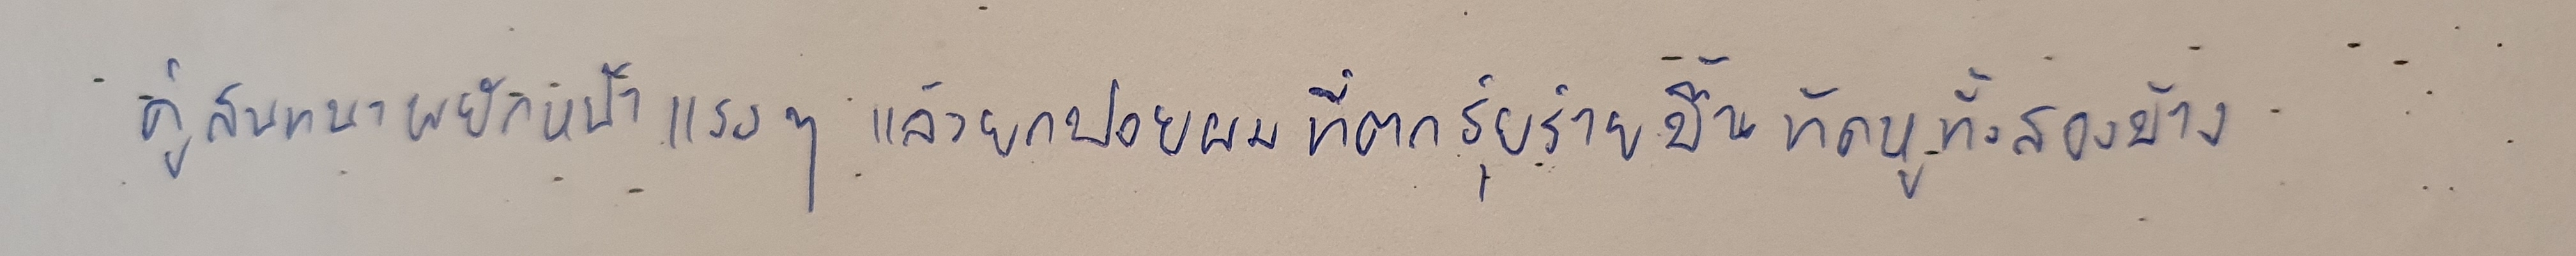
คู่สนทนาพยักหน้าแรงๆแล้วยกปอยผมที่ตกรุ่ยร่ายขึ้นทัดหูทั้งสองข้าง